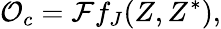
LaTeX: {\cal O}_{c}={\cal F}f_{J}(Z,Z^{\ast}),